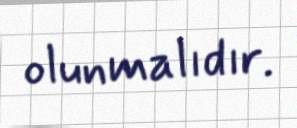
olunmalıdır.